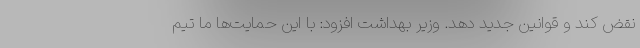
نقض کند و قوانین جدید دهد. وزیر بهداشت افزود: با این حمایت‌ها ما تیم